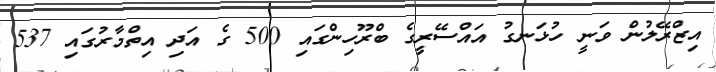
އިޒްރޭލުން ވަނީ ހުޅަނގު އައްސޭރީގެ ބްރޫހިންގައި 500 ގެ އަދި އިތްމާރުގައި 537